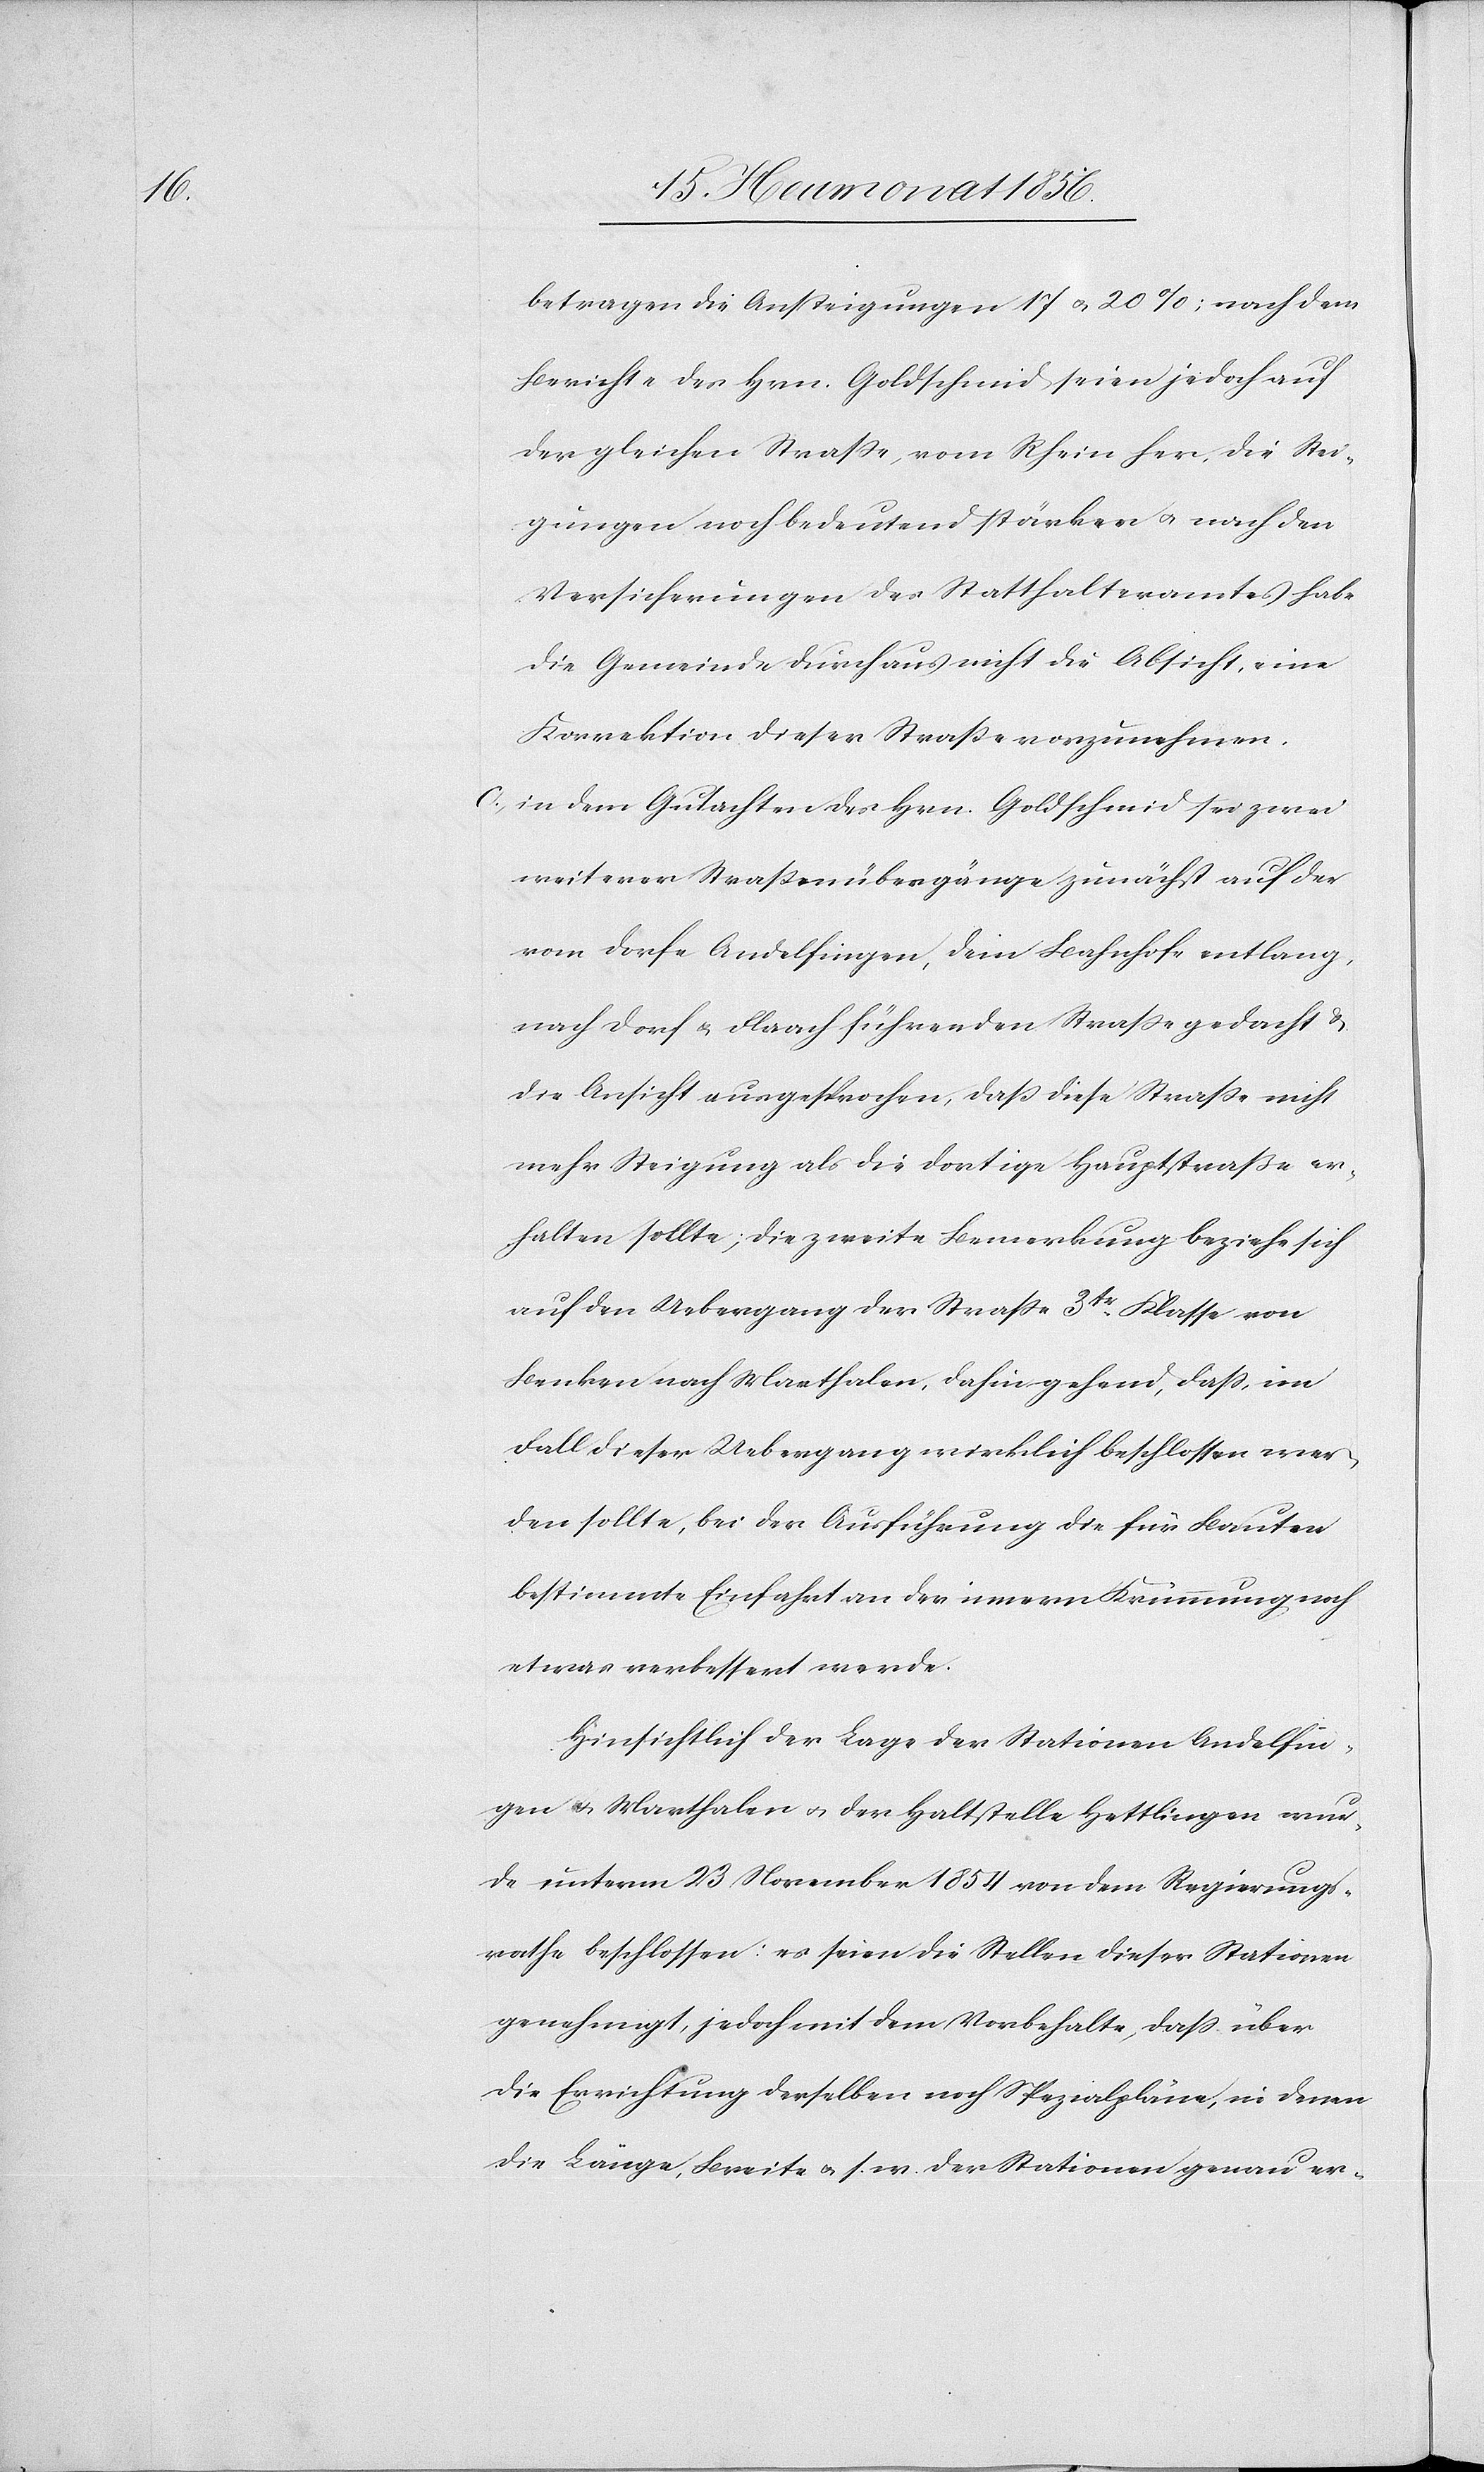
betragen die Ansteigungen 17 u. 20%; nach dem
Berichte des Hrn. Goldschmid seien jedoch auf
der gleichen Strasse, vom Rhein her, die Stei¬
gungen noch bedeutend stärker u. nach den
Versicherungen des Statthalteramtes habe
die Gemeinde durchaus nicht die Absicht, eine
Korrektion dieser Strasse vorzunehmen.
c) in dem Gutachten des Hrn. Goldschmid sei zwei
weiterer Strassenübergänge zunächst auf der
vom Dorfe Andelfingen, dem Bahnhofe entlang,
nach Dorf & Flaach führenden Strasse gedacht &
die Ansicht ausgesprochen, dass diese Strasse nicht
mehr Steigung als die dortige Hauptstrasse er¬
halten sollte; die zweite Bemerkung beziehe sich
auf den Uebergang der Strasse 3tr Klasse von
Benken nach Marthalen, dahin gehend, dass im
Fall dieser Uebergang wirklich beschlossen wer¬
den sollte, bei der Ausführung die für Bauten
bestimmte Einfahrt an der innern Krümmung noch
etwas verbessert werde.
Hinsichtlich der Lage der Stationen Andelfin¬
gen u. Marthalen u. der Haltstelle Hettlingen wur¬
de unterm 23 November 1854 von dem Regierungs¬
rathe beschlossen: es seien die Stellen dieser Stationen
genehmigt, jedoch mit dem Vorbehalte, dass über
die Errichtung derselben noch Spezialpläne, in denen
die Länge, Breite u. s. w. der Stationen genau er-